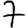
Digit: 7